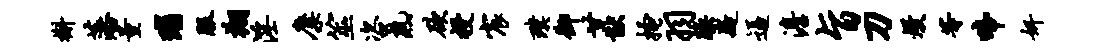
槲藩量瑙服翔淫麋筮咨熟欲授宸璞御甘猷搔羽躁疑逼澹旨刀熳等啼奸